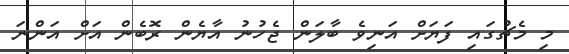
މި މެޗުގައި ފަޔަށް އަނިވެ ބާލަން ޖެހުނު އާޔެން ރޮބެން އަށް އަންނަ